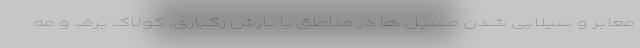
معابر و سیلابی شدن مسیل ها در مناطق با بارش رگباری، کولاک برف و مه